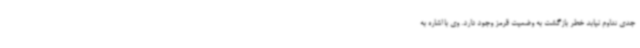
جدی تداوم نیابد خطر بازگشت به وضعیت قرمز وجود دارد. وی با اشاره به